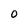
Character: O